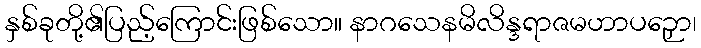
နှစ်ခုတို့၏ပြည့်ကြောင်းဖြစ်သော။ နာဂသေနမိလိန္ဒရာဇမဟာပဉှော၊